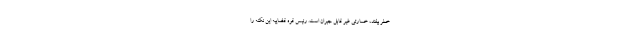
خطر بیفتد، خسارتی غیر قابل جبران است. رئیس قوه قضاییه این نکته را